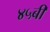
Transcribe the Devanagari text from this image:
४५बी